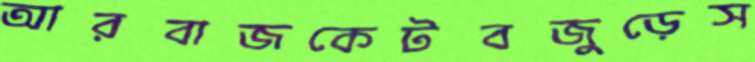
আরবাজকেটবজুড়েস